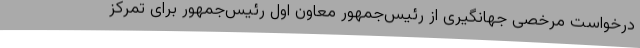
درخواست مرخصی جهانگیری از رئیس‌جمهور معاون اول رئیس‌جمهور برای تمرکز